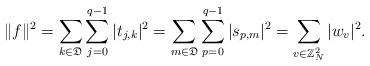
LaTeX: \begin{align*} \|f\|^2=\displaystyle \sum_{k \in \mathfrak{D}}\sum_{j=0}^{q-1} |t_{j,k}|^2= \displaystyle \sum_{m \in \mathfrak{D}}\sum_{p=0}^{q-1} |s_{p,m}|^2 = \displaystyle \sum_{v \in {\mathbb{Z}}^2_N} |w_{v}|^2. \end{align*}